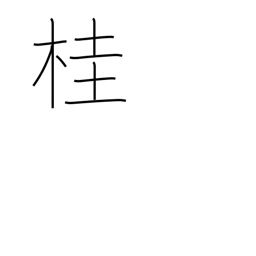
Meaning: Japanese Judas-tree